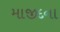
માજીદના